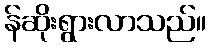
န်ဆိုးရွားလာသည်။